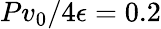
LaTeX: Pv_{0}/4\epsilon=0.2